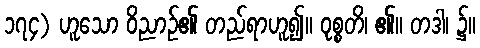
၁၇၄) ဟူသော ဝိညာဉ်၏ တည်ရာဟူ၍။ ဝုစ္စတိ၊ ၏။ တဒါ၊ ၌။